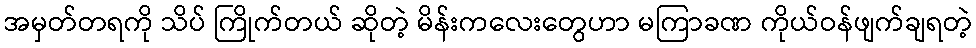
အမှတ်တရကို သိပ် ကြိုက်တယ် ဆိုတဲ့ မိန်းကလေးတွေဟာ မကြာခဏ ကိုယ်ဝန်ဖျက်ချရတဲ့